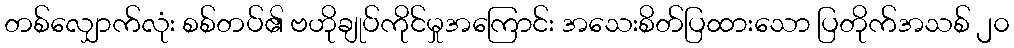
တစ်လျှောက်လုံး စစ်တပ်၏ ဗဟိုချုပ်ကိုင်မှုအကြောင်း အသေးစိတ်ပြထားသော ပြတိုက်အသစ် ၂၀